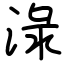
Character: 淥